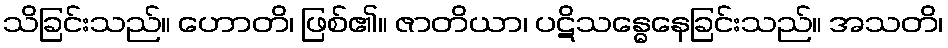
သိခြင်းသည်။ ဟောတိ၊ ဖြစ်၏။ ဇာတိယာ၊ ပဋိသန္ဓေနေခြင်းသည်။ အသတိ၊